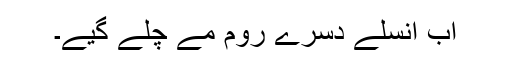
اَب اُنسلے دُسرے رُوم مے چلے گیے۔